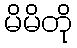
မိမိတို